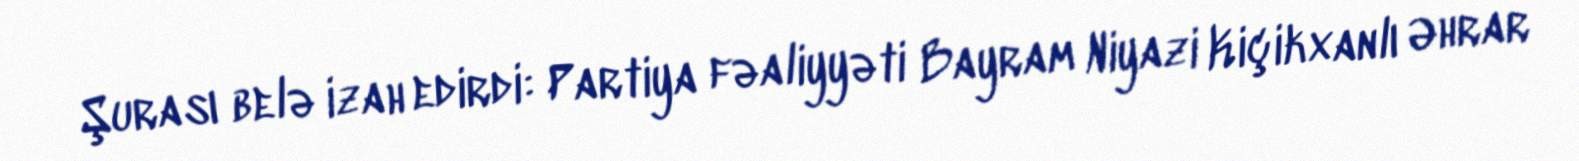
Şurası belə izah edirdi: Partiya fəaliyyəti Bayram Niyazi Kiçikxanlı Əhrar